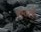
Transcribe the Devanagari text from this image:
गेटले